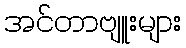
အင်တာဗျူးများ